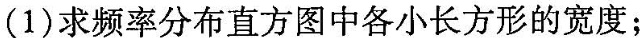
(1)求频率分布直方图中各小长方形的宽度；